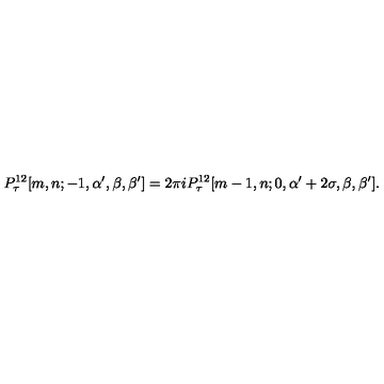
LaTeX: P _ { \tau } ^ { 1 2 } [ m , n ; - 1 , \alpha ^ { \prime } , \beta , \beta ^ { \prime } ] = 2 \pi i P _ { \tau } ^ { 1 2 } [ m - 1 , n ; 0 , \alpha ^ { \prime } + 2 \sigma , \beta , \beta ^ { \prime } ] .